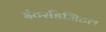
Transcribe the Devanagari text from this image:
इंटरडिजिटल